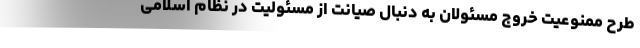
طرح ممنوعیت خروج مسئولان به دنبال صیانت از مسئولیت در نظام اسلامی